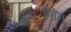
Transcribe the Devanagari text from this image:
हर्रान